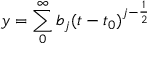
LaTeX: y = \sum _ { 0 } ^ { \infty } b _ { j } ( t - t _ { 0 } ) ^ { j - \frac { 1 } { 2 } }